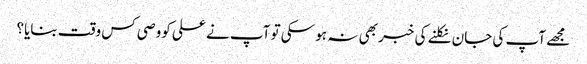
مجھے آپ کی جان نکلنے کی خبر بھی نہ ہو سکی تو آپ نے علی کووصی کس وقت بنایا؟